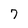
Character: 7